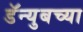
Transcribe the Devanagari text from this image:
डॅन्युबच्या